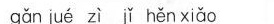
gǎn jué zì ǐ hěn xiǎo